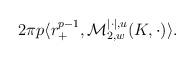
LaTeX: \begin{align*}2\pi p \langle r^{p-1}_+, \mathcal{M}_{2,w}^{|\cdot|,u}(K,\cdot)\rangle. \end{align*}